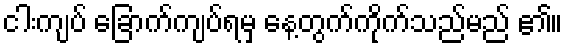
ငါးကျပ် ခြောက်ကျပ်ရမှ နေ့တွက်ကိုက်သည်မည် ၏။